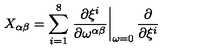
X _ { \alpha \beta } = \sum _ { i = 1 } ^ { 8 } \left. \frac { \partial \xi ^ { i } } { \partial \omega ^ { \alpha \beta } } \right| _ { \omega = 0 } \frac { \partial } { \partial \xi ^ { i } }